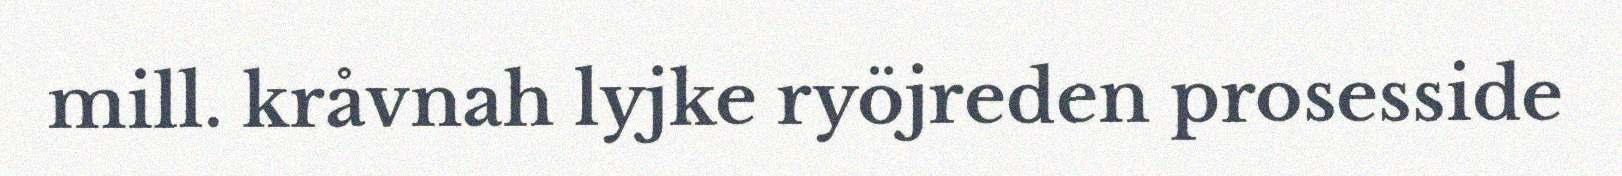
mill. kråvnah lyjke ryöjreden prosesside